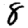
Digit: 8